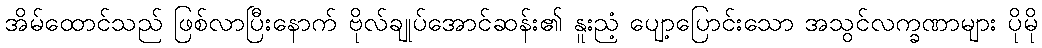
အိမ်ထောင်သည် ဖြစ်လာပြီးနောက် ဗိုလ်ချုပ်အောင်ဆန်း၏ နူးညံ့ ပျော့ပြောင်းသော အသွင်လက္ခဏာများ ပိုမို